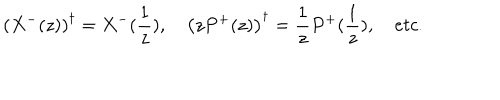
\left( X ^ { - } ( z ) \right) ^ { \dagger } = X ^ { - } ( \frac 1 z ) , \quad \left( z P ^ { + } ( z ) \right) ^ { \dagger } = \frac 1 z P ^ { + } ( \frac 1 z ) , \quad e t c .